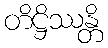
တိဋ္ဌိဿန္တိ